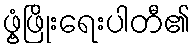
ဖွံ့ဖြိုးရေးပါတီ၏